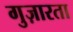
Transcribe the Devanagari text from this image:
गुज़ारता